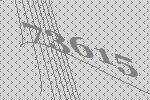
73615